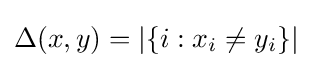
\Delta (x,y)=|\{i:x_{i}\neq y_{i}\}|